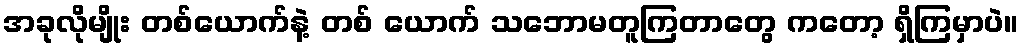
အခုလိုမျိုး တစ်ယောက်နဲ့ တစ် ယောက် သဘောမတူကြတာတွေ ကတော့ ရှိကြမှာပဲ။